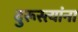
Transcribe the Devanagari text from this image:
दुरूस्त्यांना